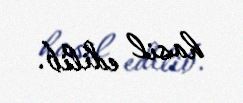
hasil edilib.